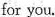
for you.